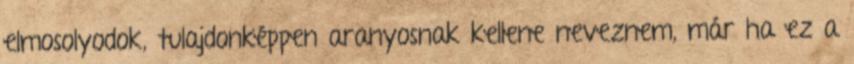
elmosolyodok, tulajdonképpen aranyosnak kellene neveznem, már ha ez a